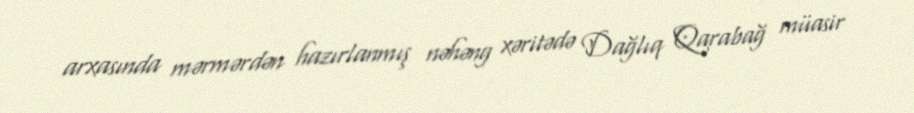
arxasında mərmərdən hazırlanmış nəhəng xəritədə Dağlıq Qarabağ müasir